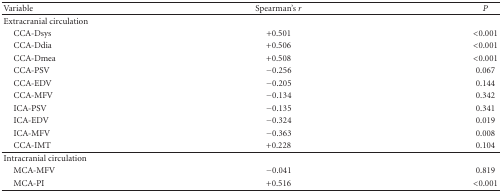
<table><thead><tr><td><b>Variable</b></td><td><b>Spearman&#x27;s <i>r</i></b></td><td><b><i>P</i></b></td></tr></thead><tbody><tr><td>Extracranial circulation</td><td> </td><td> </td></tr><tr><td> CCA-Dsys</td><td>+0.501</td><td>&lt;0.001</td></tr><tr><td> CCA-Ddia</td><td>+0.506</td><td>&lt;0.001</td></tr><tr><td> CCA-Dmea</td><td>+0.508</td><td>&lt;0.001</td></tr><tr><td> CCA-PSV</td><td>−0.256</td><td>0.067</td></tr><tr><td> CCA-EDV</td><td>−0.205</td><td>0.144</td></tr><tr><td> CCA-MFV</td><td>−0.134</td><td>0.342</td></tr><tr><td> ICA-PSV</td><td>−0.135</td><td>0.341</td></tr><tr><td> ICA-EDV</td><td>−0.324</td><td>0.019</td></tr><tr><td> ICA-MFV</td><td>−0.363</td><td>0.008</td></tr><tr><td> CCA-IMT</td><td>+0.228</td><td>0.104</td></tr><tr><td>Intracranial circulation</td><td> </td><td> </td></tr><tr><td> MCA-MFV</td><td>−0.041</td><td>0.819</td></tr><tr><td> MCA-PI</td><td>+0.516</td><td>&lt;0.001</td></tr></tbody></table>